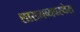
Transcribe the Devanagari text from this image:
शासनव्यवस्थेस